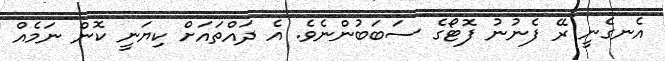
އެނގެނީ ރޭ ފެނުނު ފޮޓޯގެ ސަބަބުންނެވެ. އެ ދައްތައަށް ކިޔަނީ ކޮން ނަމެއް